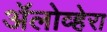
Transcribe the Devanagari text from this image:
ॲलोव्हेरा